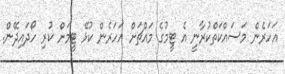
އަހަރެން މަސައްކަތްކުރާނީ އެ ޓީމުގެ މައްޗަށް އަހަރެން ކުޅޭ ޓީމަށް ކުރި ހޯދައިދޭން.